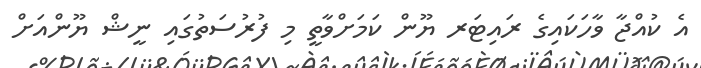
އެ ކުއްޖާ ވާހަކައިގެ ރައިޓަރ ޔޫން ކަމަށްވާތީ މި ފުރުސަތުގައި ނީޝް ޔޫންއަށް